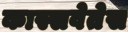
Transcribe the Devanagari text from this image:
कास्सवेतेस